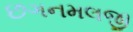
છગનમલજી